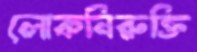
লোকনিরুক্তি